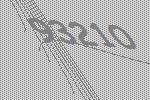
93210